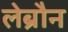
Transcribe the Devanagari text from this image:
लेब्रौन